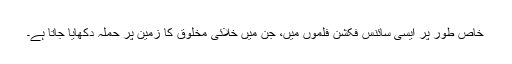
خاص طور پر ایسی سائنس فکشن فلموں میں، جن میں خلائی مخلوق کا زمین پر حملہ دکھایا جاتا ہے۔